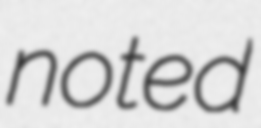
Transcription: noted